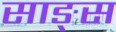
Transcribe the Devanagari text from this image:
साङ्स